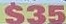
$35